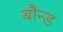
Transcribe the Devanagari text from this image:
बौन्ड